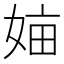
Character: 𡜿